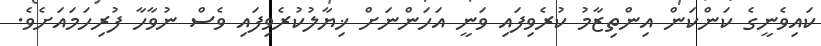
ކައިވެނީގެ ކަންކަން އިންތިޒާމު ކުރެވިފައި ވަނީ އަހަންނަށް ޚިޔާލުކުރެވިފައި ވެސް ނުވާހާ ފުރިހަމައަށެވެ.